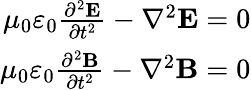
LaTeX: \begin{array}{r}{\mu_{0}\varepsilon_{0}{\frac{\partial^{2}\mathbf{E}}{\partial t^{2}}}-\nabla^{2}\mathbf{E}=0}\\ {\mu_{0}\varepsilon_{0}{\frac{\partial^{2}\mathbf{B}}{\partial t^{2}}}-\nabla^{2}\mathbf{B}=0}\end{array}